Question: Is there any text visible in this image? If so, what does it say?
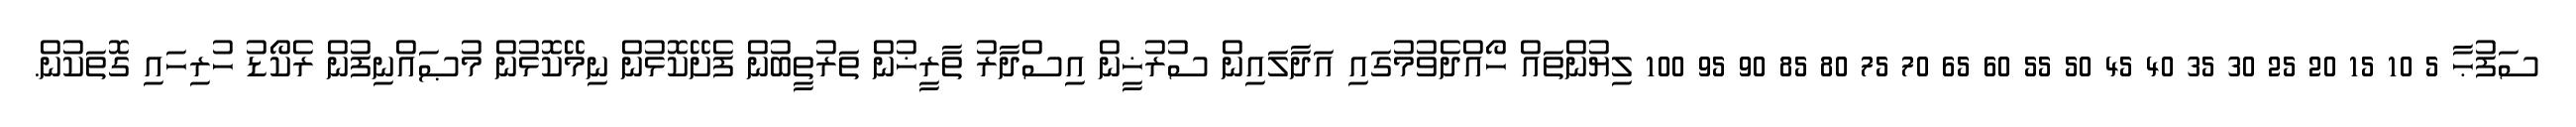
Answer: ސަފުޙާ 5 10 15 20 25 30 35 40 45 50 55 60 65 70 75 80 85 90 95 100 ލިޔުންތައް ހޯއްދެވުމުގައި އަދާލައިން ސުރުޚީން އިސްދާރު ތާރީޚުން ތަރުތީބުން ފެށޭކޮޅުން ނިމޭކޮޅުން މުޞައްނިފުން ރެކޯޑު ހުރިހައި ގޮތަކުން.